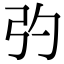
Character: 㢩